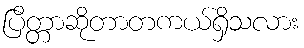
ပြိတ္တာဆိုတာတကယ်ရှိသလား